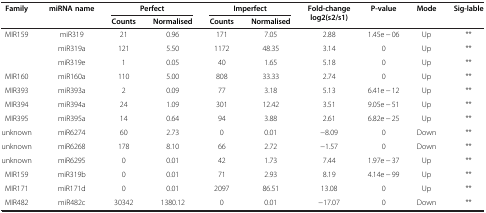
| <ROWSPAN=2> Family | <ROWSPAN=2> miRNA name | <COLSPAN=2> Perfect | <COLSPAN=2> Imperfect | <ROWSPAN=2> Fold-change log2(s2/s1) | <ROWSPAN=2> P-value | <ROWSPAN=2> Mode | <ROWSPAN=2> Sig-lable |
 | Counts | Normalised | Counts | Normalised |
 | --- | --- | --- | --- | --- | --- | --- | --- | --- | --- |
 | MIR159 | miR319 | 21 | 0.96 | 171 | 7.05 | 2.88 | 1.45e − 06 | Up | ** |
 |  | miR319a | 121 | 5.50 | 1172 | 48.35 | 3.14 | 0 | Up | ** |
 |  | miR319e | 1 | 0.05 | 40 | 1.65 | 5.18 | 0 | Up | ** |
 | MIR160 | miR160a | 110 | 5.00 | 808 | 33.33 | 2.74 | 0 | Up | ** |
 | MIR393 | miR393a | 2 | 0.09 | 77 | 3.18 | 5.13 | 6.41e − 12 | Up | ** |
 | MIR394 | miR394a | 24 | 1.09 | 301 | 12.42 | 3.51 | 9.05e − 51 | Up | ** |
 | MIR395 | miR395a | 14 | 0.64 | 94 | 3.88 | 2.61 | 6.82e − 25 | Up | ** |
 | unknown | miR6274 | 60 | 2.73 | 0 | 0.01 | −8.09 | 0 | Down | ** |
 | unknown | miR6268 | 178 | 8.10 | 66 | 2.72 | −1.57 | 0 | Down | ** |
 | unknown | miR6295 | 0 | 0.01 | 42 | 1.73 | 7.44 | 1.97e − 37 | Up | ** |
 | MIR159 | miR319b | 0 | 0.01 | 71 | 2.93 | 8.19 | 4.14e − 99 | Up | ** |
 | MIR171 | miR171d | 0 | 0.01 | 2097 | 86.51 | 13.08 | 0 | Up | ** |
 | MIR482 | miR482c | 30342 | 1380.12 | 0 | 0.01 | −17.07 | 0 | Down | ** |